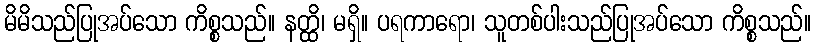
မိမိသည်ပြုအပ်သော ကိစ္စသည်။ နတ္ထိ၊ မရှိ။ ပရကာရော၊ သူတစ်ပါးသည်ပြုအပ်သော ကိစ္စသည်။